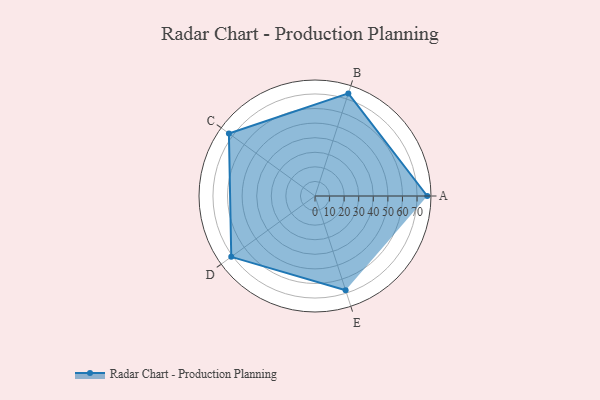
{"axis": {"x": "Skill", "y": "Score"}, "legend": ["Profile"], "data": [{"x": "A", "y": 77.0, "type": "Profile"}, {"x": "B", "y": 74.0, "type": "Profile"}, {"x": "C", "y": 73.0, "type": "Profile"}, {"x": "D", "y": 71.0, "type": "Profile"}, {"x": "E", "y": 68.0, "type": "Profile"}]}